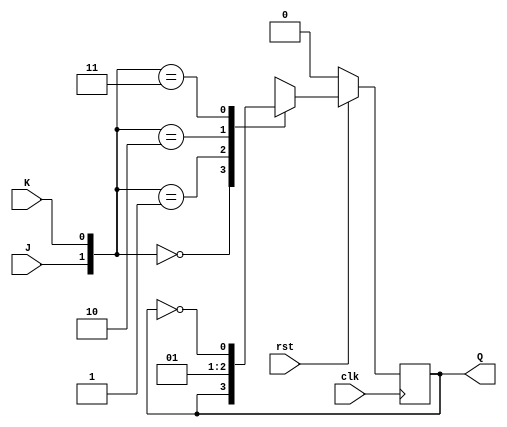
`timescale 1ns / 1ps
//////////////////////////////////////////////////////////////////////////////////
// Company: 
// Engineer: 
// 
// Design Name: 
// Module Name:    JK_sync 
// Project Name: 
// Target Devices: 
// Tool versions: 
// Description: 
//
// Dependencies: 
//
// Revision: 
// Revision 0.01 - File Created
// Additional Comments: 
//
//////////////////////////////////////////////////////////////////////////////////
module JK_sync(J, K, clk, rst, Q);

	input J, K, clk, rst;
	output reg Q;
	
	always @(negedge clk)
	begin 
	if(!rst)
		Q <=0;
	else begin	
		case({J,K})
		2'b00 : Q <= Q;
		2'b01 : Q <= 0;
		2'b10 : Q <= 1;
		2'b11 : Q <= ~Q;
		endcase
		end
	end


endmodule